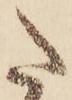
た